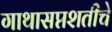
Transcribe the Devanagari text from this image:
गाथासप्तशतीचे